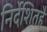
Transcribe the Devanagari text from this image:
निर्देशितहै